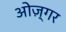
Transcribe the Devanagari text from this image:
ओज़्गर